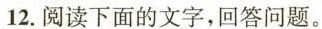
12.阅读下面的文字，回答问题。